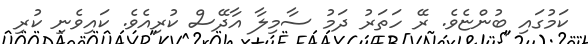
ކަމުގައި ބުންޏެވެ. ރޭ ހަތަރު ދަމު ސާމިލާ އާދޭސް ކުރިއެވެ. ކައިވެނި ކުރި